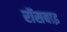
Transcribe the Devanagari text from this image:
रॉसबाइ